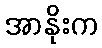
အာနိုးက